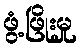
ဖွံ့ဖြိုးမှု